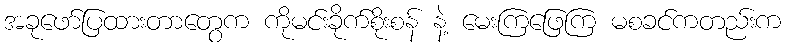
အခုဖော်ပြထားတာတွေက ကိုမင်းခိုက်စိုးစန် နဲ့ မေးကြဖြေကြ မစခင်ကတည်းက